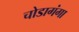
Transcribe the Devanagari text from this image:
चोडागंगा